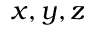
x , y , z